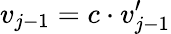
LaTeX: v_{j-1}=c\cdot v_{j-1}^{\prime}